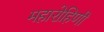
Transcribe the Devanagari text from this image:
महारोहिणी